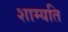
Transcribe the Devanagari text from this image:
शाम्यति